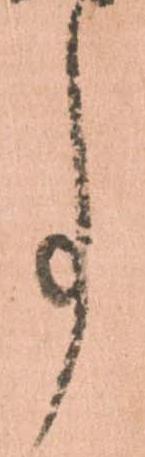
事